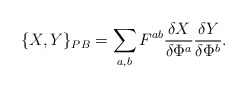
\begin{align*}\{ X,Y\}_{PB} =\sum_{a,b}F^{ab}\frac{\delta X}{\delta\Phi^{a}}\frac{\delta Y}{\delta\Phi^{b}}.\end{align*}